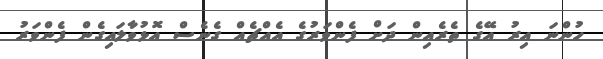
ހުންނަ އިރު އޭގެ ތެރެއިން ދަށް ފެންވަރުގެ އެއްޗެއް ގެނެސް އޮޅުވާލައިގެން ފެންވަރު